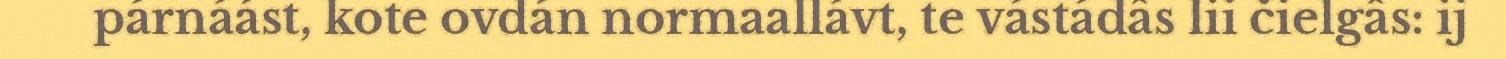
párnáást, kote ovdán normaallávt, te vástádâs lii čielgâs: ij